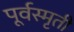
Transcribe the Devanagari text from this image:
पूर्वस्मृती